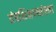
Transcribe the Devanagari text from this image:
तंत्रशिक्षणसंस्था